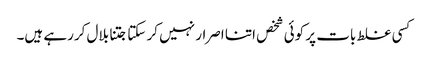
کسی غلط بات پر کوئی شخص اتنا اصرار نہیں کر سکتا جتنا بلال کررہے ہیں۔